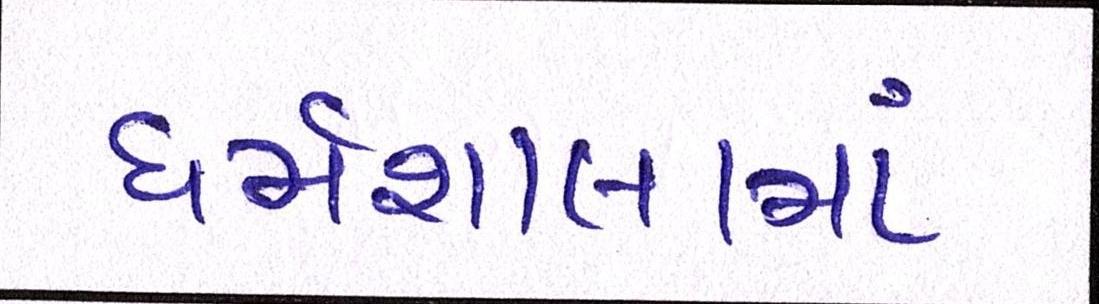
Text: ધર્મશાલામાં